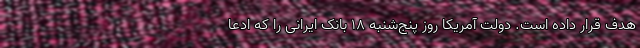
هدف قرار داده است. دولت آمریکا روز پنج‌شنبه ۱۸ بانک ایرانی را که ادعا